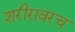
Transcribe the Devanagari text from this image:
शरीरावरच